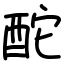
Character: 酡